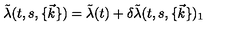
\tilde { \lambda } ( t , s , \{ \vec { k } \} ) = \tilde { \lambda } ( t ) + \delta \tilde { \lambda } ( t , s , \{ \vec { k } \} ) _ { 1 }